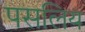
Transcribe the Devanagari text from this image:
पसलिय